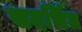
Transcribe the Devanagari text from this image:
सदर्भित